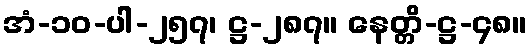
အံ-၁၀-ပါ-၂၅၇၊ ဋ္ဌ-၂၈၇။ နေတ္တိ-ဋ္ဌ-၄၈။